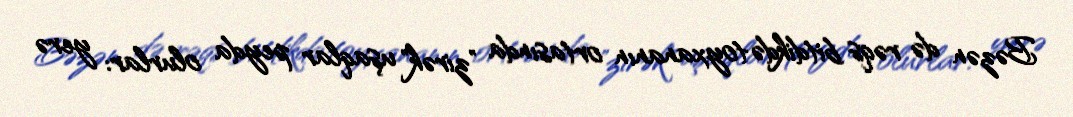
Bəzən də rəqs bitdikdə toyxananın ortasında "zirək" uşaqlar peyda olurlar: yerə